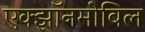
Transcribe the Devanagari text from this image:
एक्झॉनमोबिल